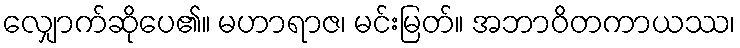
လျှောက်ဆိုပေ၏။ မဟာရာဇ၊ မင်းမြတ်။ အဘာဝိတကာယဿ၊